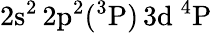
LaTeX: \mathrm{2s^{2}\, 2p^{2}(^{3}P)\, 3d~^{4}P}